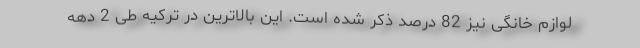
لوازم خانگی نیز 82 درصد ذکر شده است. این بالاترین در ترکیه طی 2 دهه